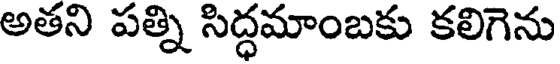
అతని పత్ని సిద్ధమాంబకు కలిగెను